Leaving Certificate Examination, 1914
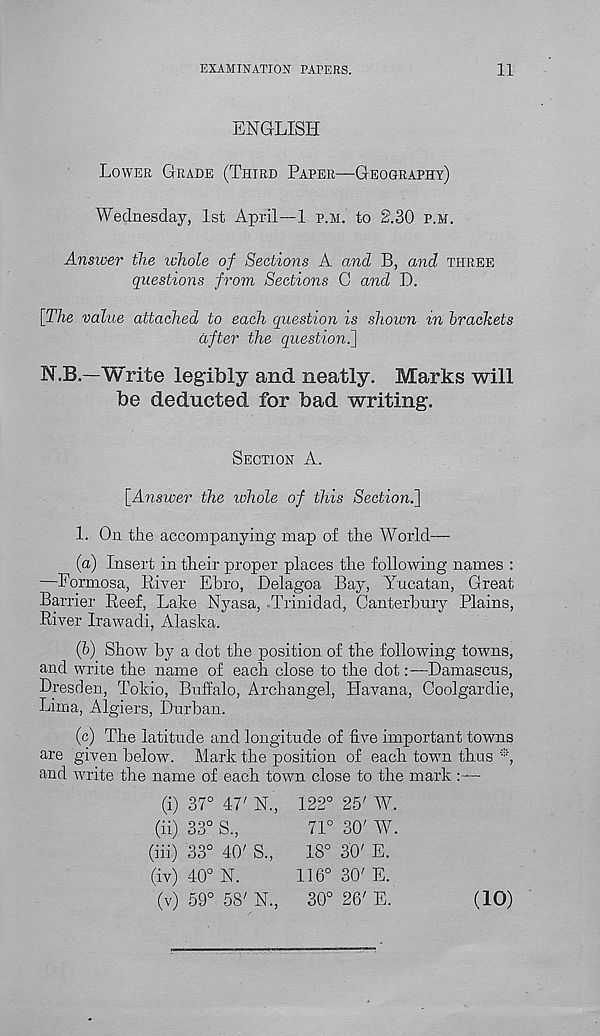
EXAMINATION PAPERS.
11
ENGLISH
LOWER GRADE (THIRD PAPER—GEOGRAPHY)
Wednesday, 1st April—1 P.M. to 2.30 P.M.
Answer the whole of Sections A and B, and THREE
questions from Sections C and D.
[The value attached to each question is shown in brackets
after the question."}
N.B—Write legibly and neatly. Marks will
be deducted for bad writing.
SECTION A.
[Answer the tohole of this Section.}
1. On the accompanying map of the World—
(а) Insert in their proper places the following names :
—Formosa, River Ebro, Delagoa Bay, Yucatan, Great
Barrier Reef, Lake Nyasa, .Trinidad, Canterbury Plains,
River Irawadi, Alaska.
(б) Show by a dot the position of the following towns,
and write the name of each close to the dot:—Damascus,
Dresden, Tokio, Buffalo, Archangel, Havana, Coolgardie,
Lima, Algiers, Durban.
(c) The latitude and longitude of five important towns
are given below. Mark the position of each town thus *,
and write the name of each town close to the mark :—
(i)
37° 47'
(ii) 33° S,
71° 30' AY.
(iii) 33° 40' S,
18° 30' E.
(iv) 40° N.
116° 30'E.
(v)
59° 58'
(10)